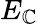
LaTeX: E_{\mathbb{C}}